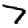
Digit: 7